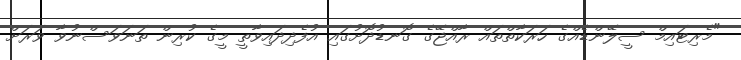
"މެރިޓައިމް ސީލޭންޑެއްގެ ހަރަކާތްތައް ރާއްޖޭގެ ގޮނޑުދޮށުގައި އުފެދިދައިވާތީ މީގެ ކުރިން ތަނަވަސްނުވާ ވަރަށް